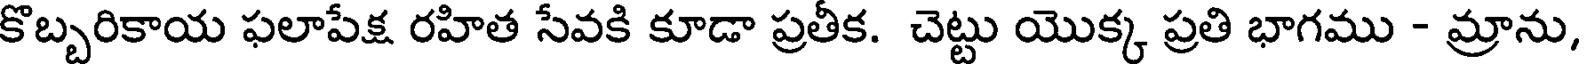
కొబ్బరికాయ ఫలాపేక్ష రహిత సేవకి కూడా ప్రతీక. చెట్టు యొక్క ప్రతి భాగము - మ్రాను,